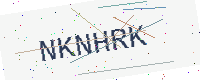
Text: NKNHRK